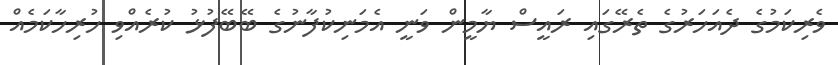
ވެރިކަމުގެ ދެއަހަރުގެ ތެރޭގައި ރައީސް ޔާމީން ވަނީ އެމަނިކުފާނުގެ ބޭބޭފުޅު ކުރެއްވި ހުރިހާކަމެއް